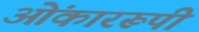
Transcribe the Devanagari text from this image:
ओंकाररूपी